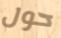
حول